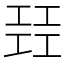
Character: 㠭